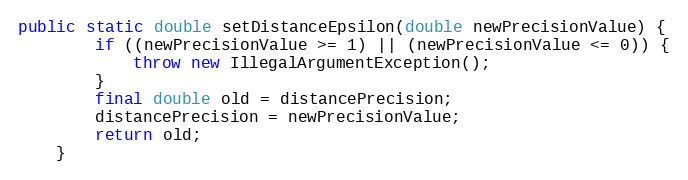
Language: Java
public static double setDistanceEpsilon(double newPrecisionValue) {
		if ((newPrecisionValue >= 1) || (newPrecisionValue <= 0)) {
			throw new IllegalArgumentException();
		}
		final double old = distancePrecision;
		distancePrecision = newPrecisionValue;
		return old;
	}